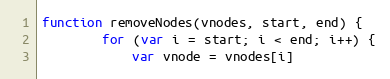
Language: JavaScript
function removeNodes(vnodes, start, end) {
		for (var i = start; i < end; i++) {
			var vnode = vnodes[i]